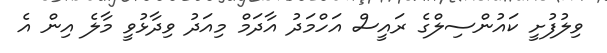
ވިލުފުށީ ކައުންސިލްގެ ރައީސް އަހްމަދު އާދަމް މިއަދު ވިދާޅުވީ މާލެ އިން އެ